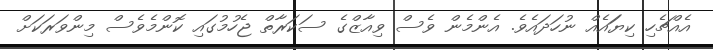
އެއްޗެހި ކިޔަައެއް ނުހަދައެވެ. އެންމެން ވެސް ވިއާޒްްގެ ސަކަރާތް ޖެހުމުގައި ކޮންމެވެސް މިންވަރަކަށް